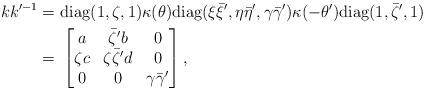
\begin{align*}kk'^{-1}=&~\textrm{diag}(1,\zeta,1)\kappa(\theta)\textrm{diag}(\xi\bar{\xi}',\eta\bar{\eta}',\gamma\bar{\gamma}')\kappa(-\theta')\textrm{diag}(1,\bar{\zeta}',1)\\=&~\begin{bmatrix}a & \bar{\zeta}'b & 0\\\zeta c & \zeta\bar{\zeta}'d & 0\\0 & 0 & \gamma\bar{\gamma}'\end{bmatrix},\end{align*}